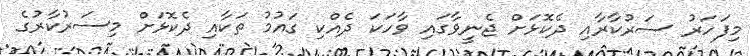
މިފަހަރު ސަރުކާރާއި ދެކޮޅަށް ޖެނީވާގައި ވާހަކަ ދެއްކި ގައުމު ތަކާއި ދެކޮޅަށް މިސަރުކާރުގެ